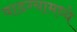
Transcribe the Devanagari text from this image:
वाडग्यामध्ये